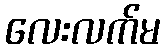
လေးလက်မ